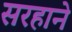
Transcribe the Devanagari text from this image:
सरहाने